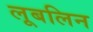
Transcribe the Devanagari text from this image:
लूबलिन